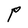
Character: P